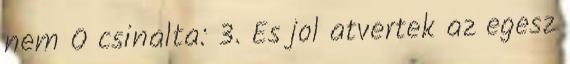
nem O csinalta: 3. Es jol atvertek az egesz